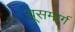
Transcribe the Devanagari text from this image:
यूसमार्ग